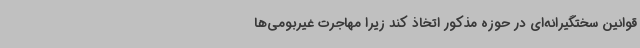
قوانین سختگیرانه‌ای در حوزه مذکور اتخاذ کند زیرا مهاجرت غیربومی‌ها